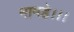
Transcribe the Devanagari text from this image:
नामहे।।।